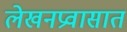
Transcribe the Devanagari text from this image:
लेखनप्रवासात